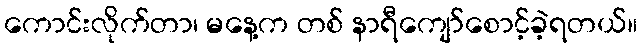
ကောင်းလိုက်တာ၊ မနေ့က တစ် နာရီကျော်စောင့်ခဲ့ရတယ်။